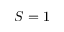
S = 1